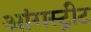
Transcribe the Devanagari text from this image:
आंगस्ट्रीट